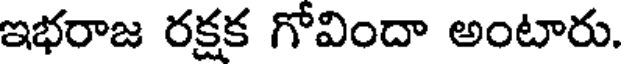
ఇభరాజ రక్షక గోవిందా అంటారు.